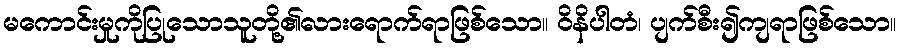
မကောင်းမှုကိုပြုသောသူတို့၏လားရောက်ရာဖြစ်သော။ ဝိနိပါတံ၊ ပျက်စီး၍ကျရာဖြစ်သော။